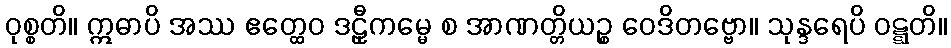
ဝုစ္စတိ။ ဣဓာပိ အဿ ဧတ္ထေဝ ဒဠှီကမ္မေ စ အာဏတ္တိယဉ္စ ဝေဒိတဗ္ဗော။ သုန္ဒရေပိ ဝဋ္ဋတိ။